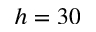
h = 3 0